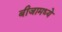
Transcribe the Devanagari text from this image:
बीजामध्ये